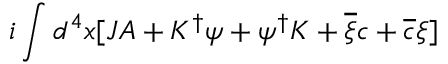
i \int d ^ { 4 } x [ J A + K ^ { \dagger } \psi + \psi ^ { \dagger } K + \overline { { { \xi } } } c + \overline { { { c } } } \xi ]